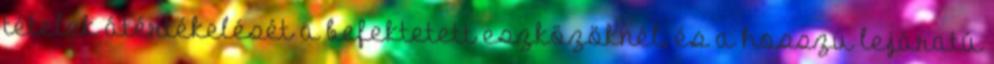
tételek átértékelését a befektetett eszközöknél, és a hosszú lejáratú